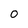
Character: 0